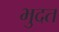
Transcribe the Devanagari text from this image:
भुदत